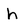
Character: h